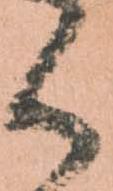
く